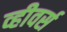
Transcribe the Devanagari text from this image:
व्हीवर्स